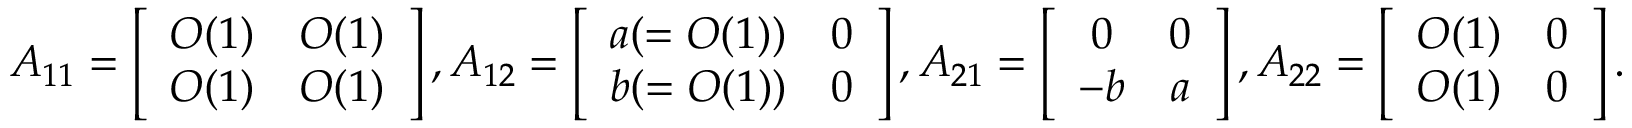
A _ { 1 1 } = \left[ \begin{array} { c c } { O ( 1 ) } & { O ( 1 ) } \\ { O ( 1 ) } & { O ( 1 ) } \end{array} \right] , A _ { 1 2 } = \left[ \begin{array} { c c } { a ( = O ( 1 ) ) } & { 0 } \\ { b ( = O ( 1 ) ) } & { 0 } \end{array} \right] , A _ { 2 1 } = \left[ \begin{array} { c c } { 0 } & { 0 } \\ { - b } & { a } \end{array} \right] , A _ { 2 2 } = \left[ \begin{array} { c c } { O ( 1 ) } & { 0 } \\ { O ( 1 ) } & { 0 } \end{array} \right] .